Lunatic asylums Burma 1907-21 - 1907-1921
Year: 1907
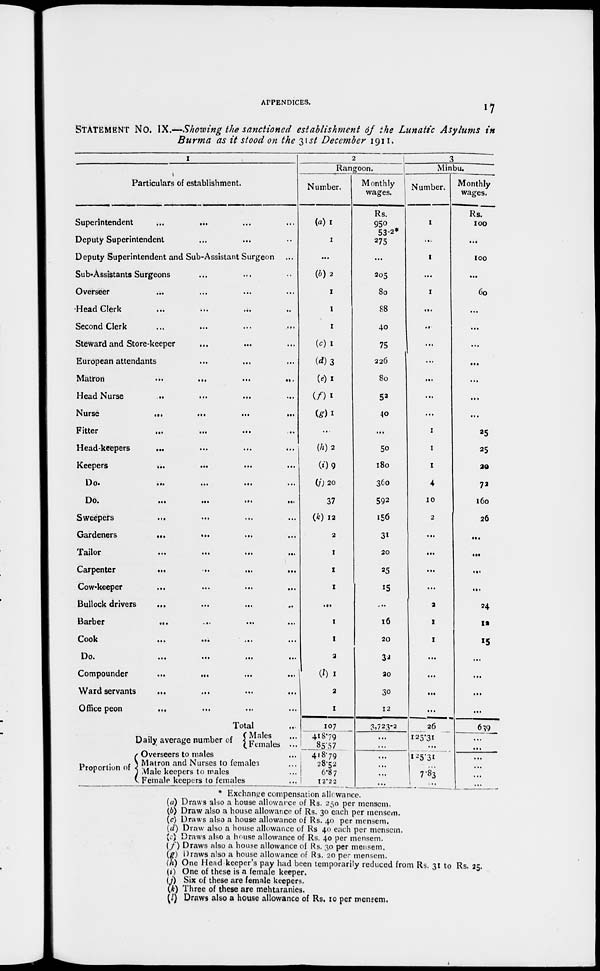
APPENDICES.
17
STATEMENT No. IX.—Showing the sanctioned establishment of the Lunatic Asylums in
Burma as it stood on the 31st December 1911.
1
Particulars of establishment.
Superintendent ... ... ... ...
Deputy Superintendent ... ... ... ...
Deputy Superintendent and Sub-Assistant Surgeon ...
Sub-Assistants Surgeons ... ... ... ...
Overseer ... ... ... ...
Head Clerk ... ... ... ...
Second Clerk ... ... ... ...
Steward and Store-keeper ... ... ... ...
European attendants ... ... ... ...
Matron
...
...
...
...
Head Nurse
...
...
...
...
Nurse
...
...
...
...
Fitter
...
...
...
...
Head-keepers ... ... ... ...
Keepers
...
...
...
...
Do.
...
...
...
...
Do.
...
...
...
...
Sweepers ... ... ... ...
Gardeners
...
...
...
...
Tailor
...
...
...
...
Carpenter
...
...
...
...
Cow-keeper ... ... ... ...
Bullock drivers ... ... ... ...
Barber
...
...
...
...
Cook
...
...
...
...
Do.
...
...
...
...
Compounder
...
...
...
...
Ward servants ... ... ... ...
Office peon ... ... ... ...
Total ...
Proportion of
Daily average number of
Males ...
Females ...
Overseers to males ...
Matron and Nurses to females ...
Male keepers to males ...
Female keepers to females ...
2
Rangoon.
Number.
(a) 1
1
...
(b)2
1
1
1
(c)1
(d)3
(c)1
(f)1
(g)1
...
(h)2
(i)9
(j) 20
37
(k)12
2
1
1
1
...
1
1
2
(l)1
2
1
107
418.79
85.57
418.79
28.52
6.87
12.22
Monthly
wages.
Rs.
950
53-2*
275
...
205
80
88
40
75
226
80
52
40
...
50
180
360
592
156
31
20
25
15
...
16
20
32
20
30
12
3,723-2
...
...
...
...
...
...
3
Minbu.
Number.
1
...
1
...
1
...
...
...
...
...
...
...
1
1
1
4
10
2
...
...
...
...
2
1
1
...
...
...
...
26
125.31
...
125.31
...
7.83
...
Monthly
wages.
Rs.
100
...
100
...
60
...
...
...
...
...
...
...
25
25
20
72
l60
26
...
...
...
...
24
12
15
...
...
...
...
639
...
...
...
...
...
* Exchange compensation allowance.
(a) Draws also a house allowance of Rs. 250 per mensem.
(b) Draw also a house allowance of Rs. 30 each per mensem.
(c) Draws also a house allowance of Rs. 40 per mensem,
(d) Draw also a house allowance of Rs 40 each per mensem.
(e) Draws also a house allowance of Rs. 40 per mensem.
(f) Draws also a house allowance of Rs. 30 per mensem.
(g) Draws also a house allowance of Rs. 20 per mensem.
(h) One Head keeper's pay had been temporarily reduced from Rs. 31 to Rs. 25.
(i) One of these is a female keeper.
(j) Six of these are female keepers.
(k) Three of these are mehtaranies.
(l) Draws also a house allowance of Rs. 10 per mensem.